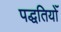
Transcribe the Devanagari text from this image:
पद्धतियोँ